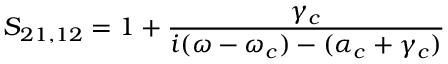
S _ { 2 1 , 1 2 } = 1 + \frac { \gamma _ { c } } { i ( \omega - \omega _ { c } ) - ( \alpha _ { c } + \gamma _ { c } ) }